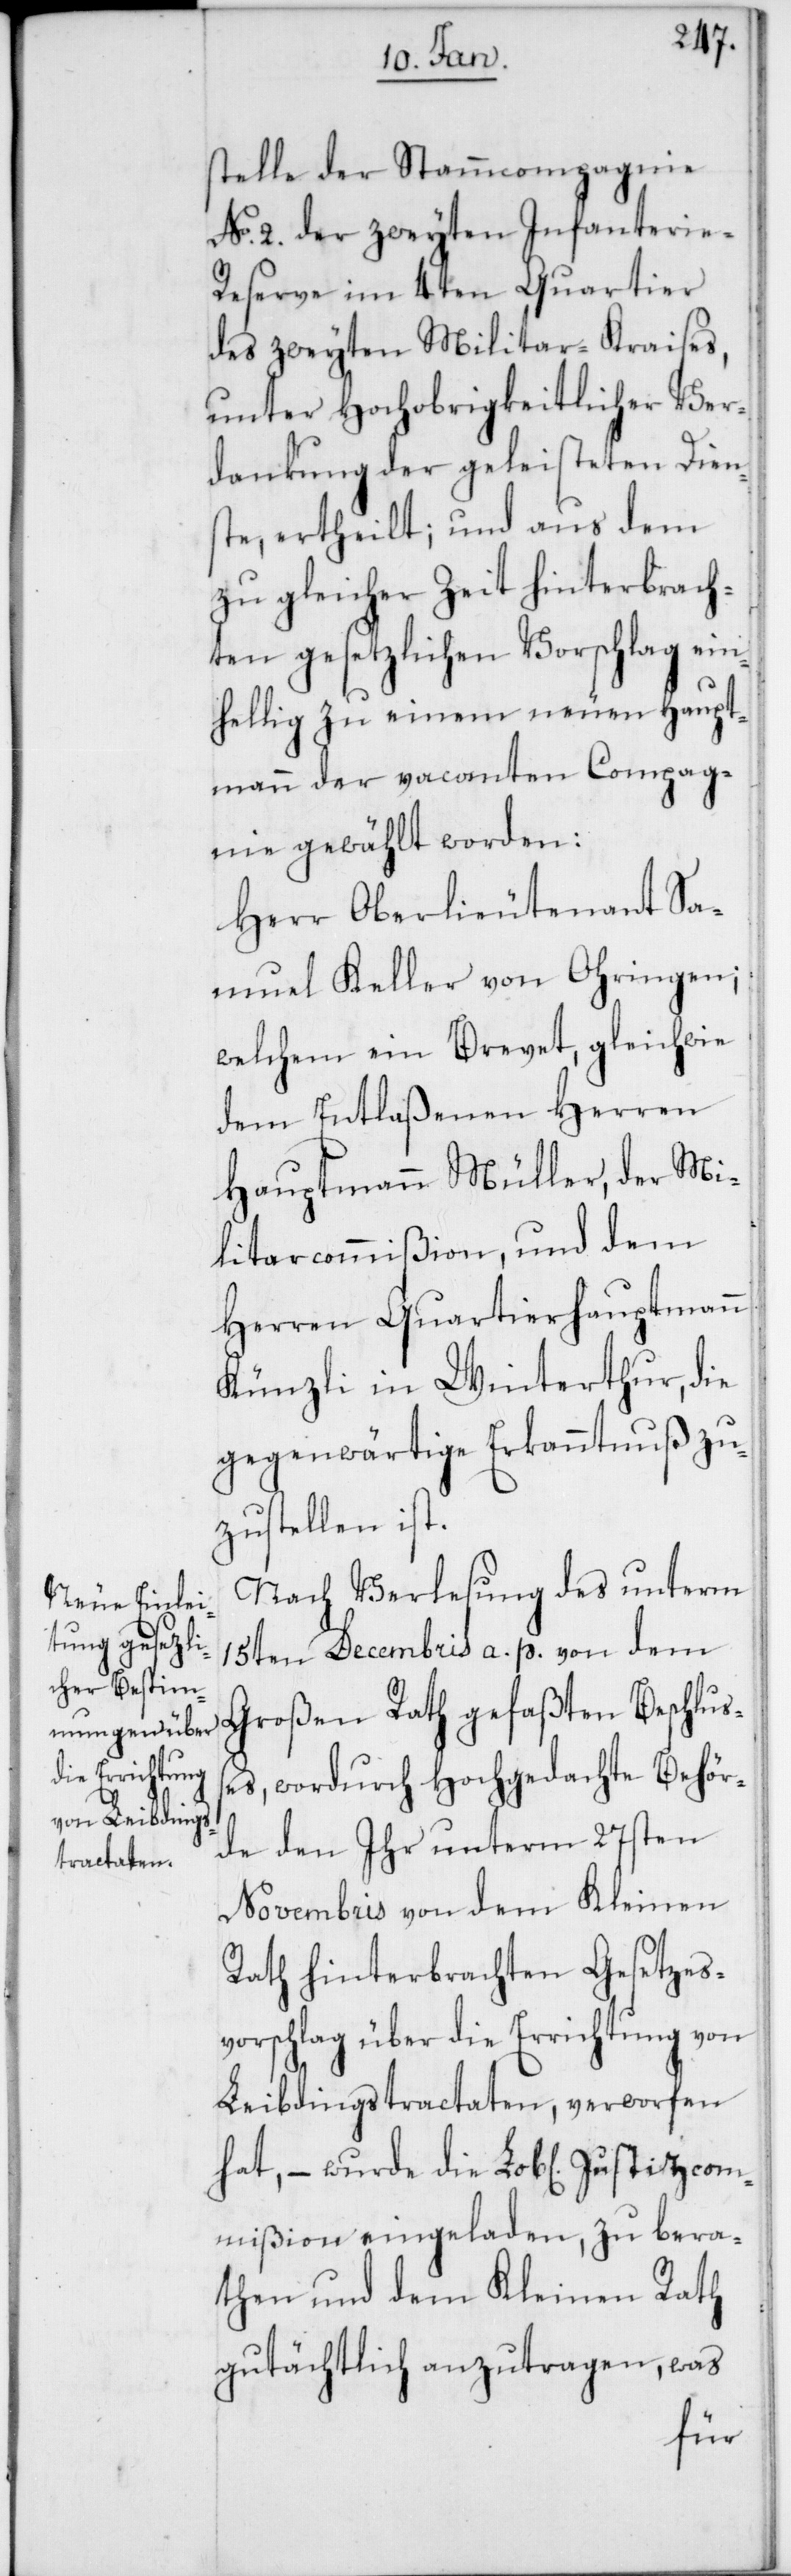
stelle der Stammcompagnie
No. 2. der zweyten Infanterie-R¬
eserve im 4ten Quartier
des zweyten Militar-Kraises,
unter Hochobrigkeitlicher Ver¬
dankung der geleisteten Diens¬
te ertheilt; und aus dem
zu gleicher Zeit hinterbrach¬
ten gesetzlichen Vorschlag ein¬
hellig zu einem neuen Haupt¬
mann der vacanten Compag¬
nie gewählt worden:
Herr Oberlieutenant Sa¬
muel Keller von Ohringen;
welchem ein Brevet, gleichwie
dem entlaßenen Herren
Hauptmann Müller, der Mi¬
litarcommißion, und dem
Herren Quartierhauptmann
Künzli in Winterthur, die
gegenwärtige Erkanntnuß zu¬
zustellen ist.
Nach Verlesung des unterm
15ten Decembris a. p. von dem
Großen Rath gefaßten Beschluß¬
es, wordurch Hochgedachte Behör¬
de den Ihr unterm 27sten
Novembris von dem Kleinen
Rath hinterbrachten Gesetzes¬
vorschlag über die Errichtung von
Leibdingstractaten, verworfen
hat, – wurde die Lob[liche] Justizcom¬
mißion eingeladen, zu bera¬
then und dem Kleinen Rath
gutächtlich anzutragen, was